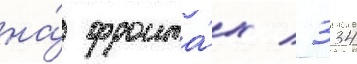
на́ фронта́х / 334